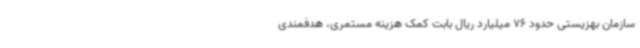
سازمان بهزیستی حدود 76 میلیارد ریال بابت کمک هزینه مستمری، هدفمندی